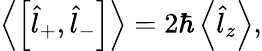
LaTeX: \begin{array}{r}{\left\langle\left[\hat{l}_{+},\hat{l}_{-}\right]\right\rangle=2\hbar\left\langle\hat{l}_{z}\right\rangle,}\end{array}